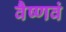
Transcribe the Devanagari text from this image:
वैष्णवं